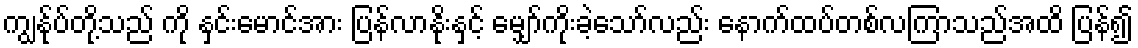
ကျွန်ုပ်တို့သည် ကို နှင်းမောင်အား ပြန်လာနိုးနှင့် မျှော်ကိုးခဲ့သော်လည်း နောက်ထပ်တစ်လကြာသည်အထိ ပြန်၍